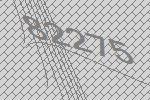
82275